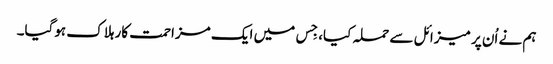
ہم نے اُن پر میزائل سے حملہ کیا، جِس میں ایک مزاحمت کار ہلاک ہوگیا۔